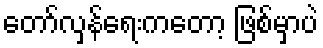
တော်လှန်ရေးကတော့ ဖြစ်မှာပဲ